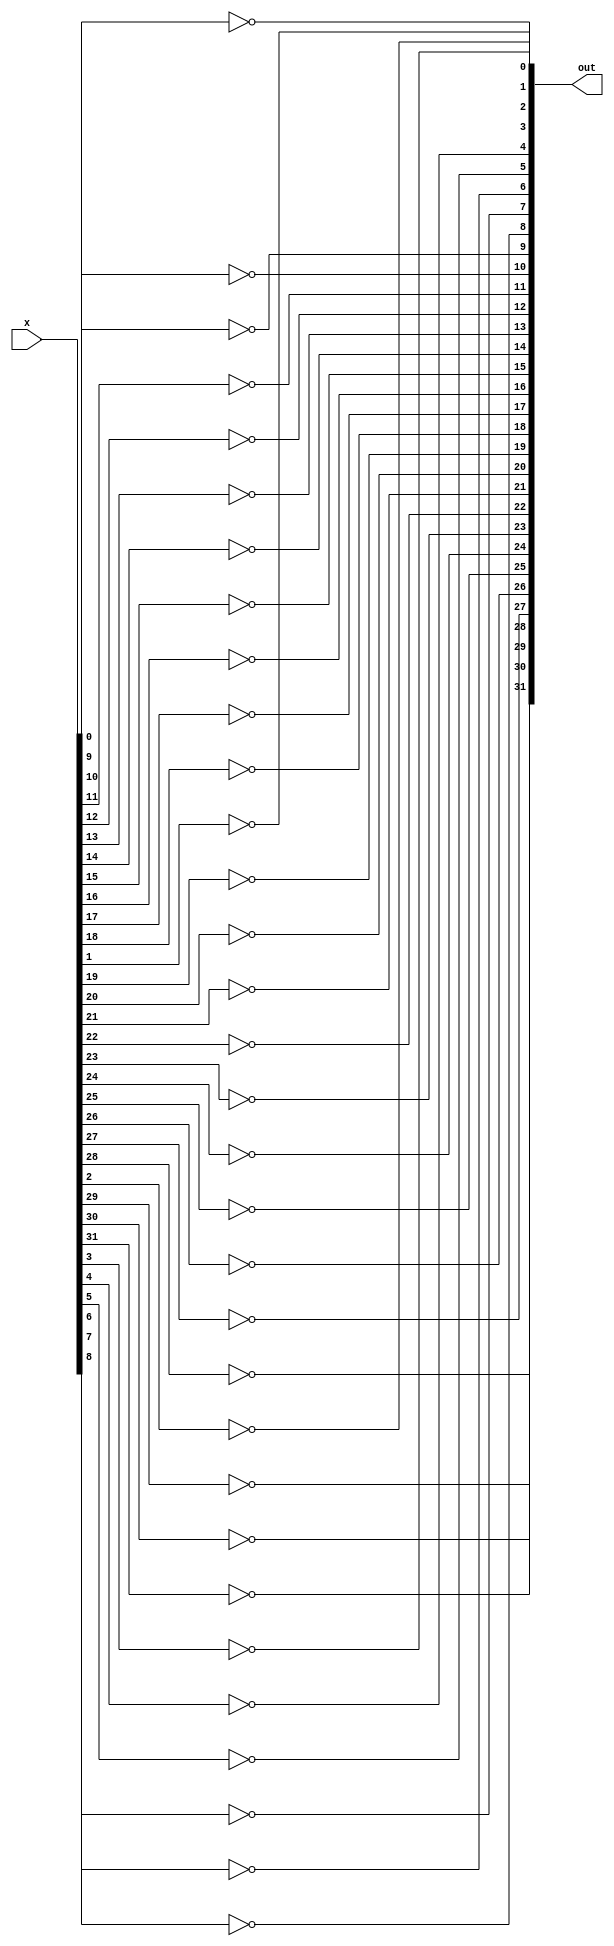
module not_32(x,out);
    input [31:0] x;
    output [31:0] out;

    not bit_0(out[0], x[0]); 
    not bit_1(out[1], x[1]); 
    not bit_2(out[2], x[2]); 
    not bit_3(out[3], x[3]); 
    not bit_4(out[4], x[4]); 

    not bit_5(out[5], x[5]); 
    not bit_6(out[6], x[6]); 
    not bit_7(out[7], x[7]); 
    not bit_8(out[8], x[8]); 
    not bit_9(out[9], x[9]); 

    not bit_10(out[10], x[10]); 
    not bit_11(out[11], x[11]); 
    not bit_12(out[12], x[12]); 
    not bit_13(out[13], x[13]); 
    not bit_14(out[14], x[14]); 

    not bit_15(out[15], x[15]); 
    not bit_16(out[16], x[16]); 
    not bit_17(out[17], x[17]); 
    not bit_18(out[18], x[18]); 
    not bit_19(out[19], x[19]);

    not bit_20(out[20], x[20]); 
    not bit_21(out[21], x[21]); 
    not bit_22(out[22], x[22]); 
    not bit_23(out[23], x[23]); 
    not bit_24(out[24], x[24]);

    not bit_25(out[25], x[25]); 
    not bit_26(out[26], x[26]); 
    not bit_27(out[27], x[27]); 
    not bit_28(out[28], x[28]); 
    not bit_29(out[29], x[29]);

    not bit_30(out[30], x[30]); 
    not bit_31(out[31], x[31]);
    

endmodule